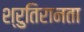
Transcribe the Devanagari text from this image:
श्रुतिरानता